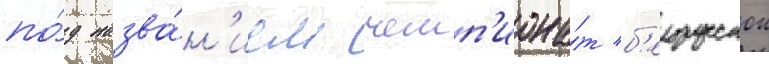
по́д назва́н'ием чемп'иона́т б'елорусскои